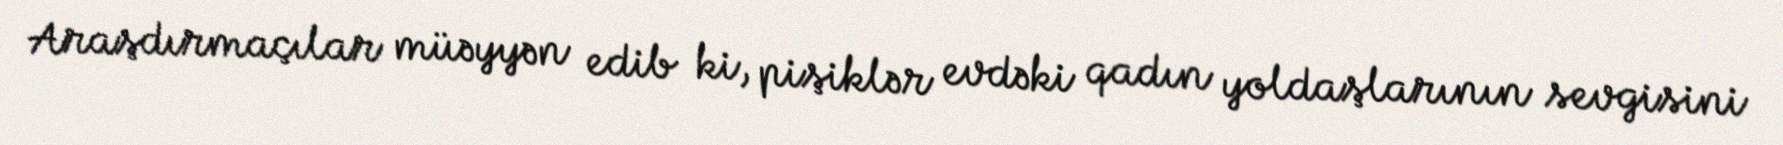
Araşdırmaçılar müəyyən edib ki, pişiklər evdəki qadın yoldaşlarının sevgisini